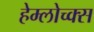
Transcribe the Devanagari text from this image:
हेम्लोच्क्स